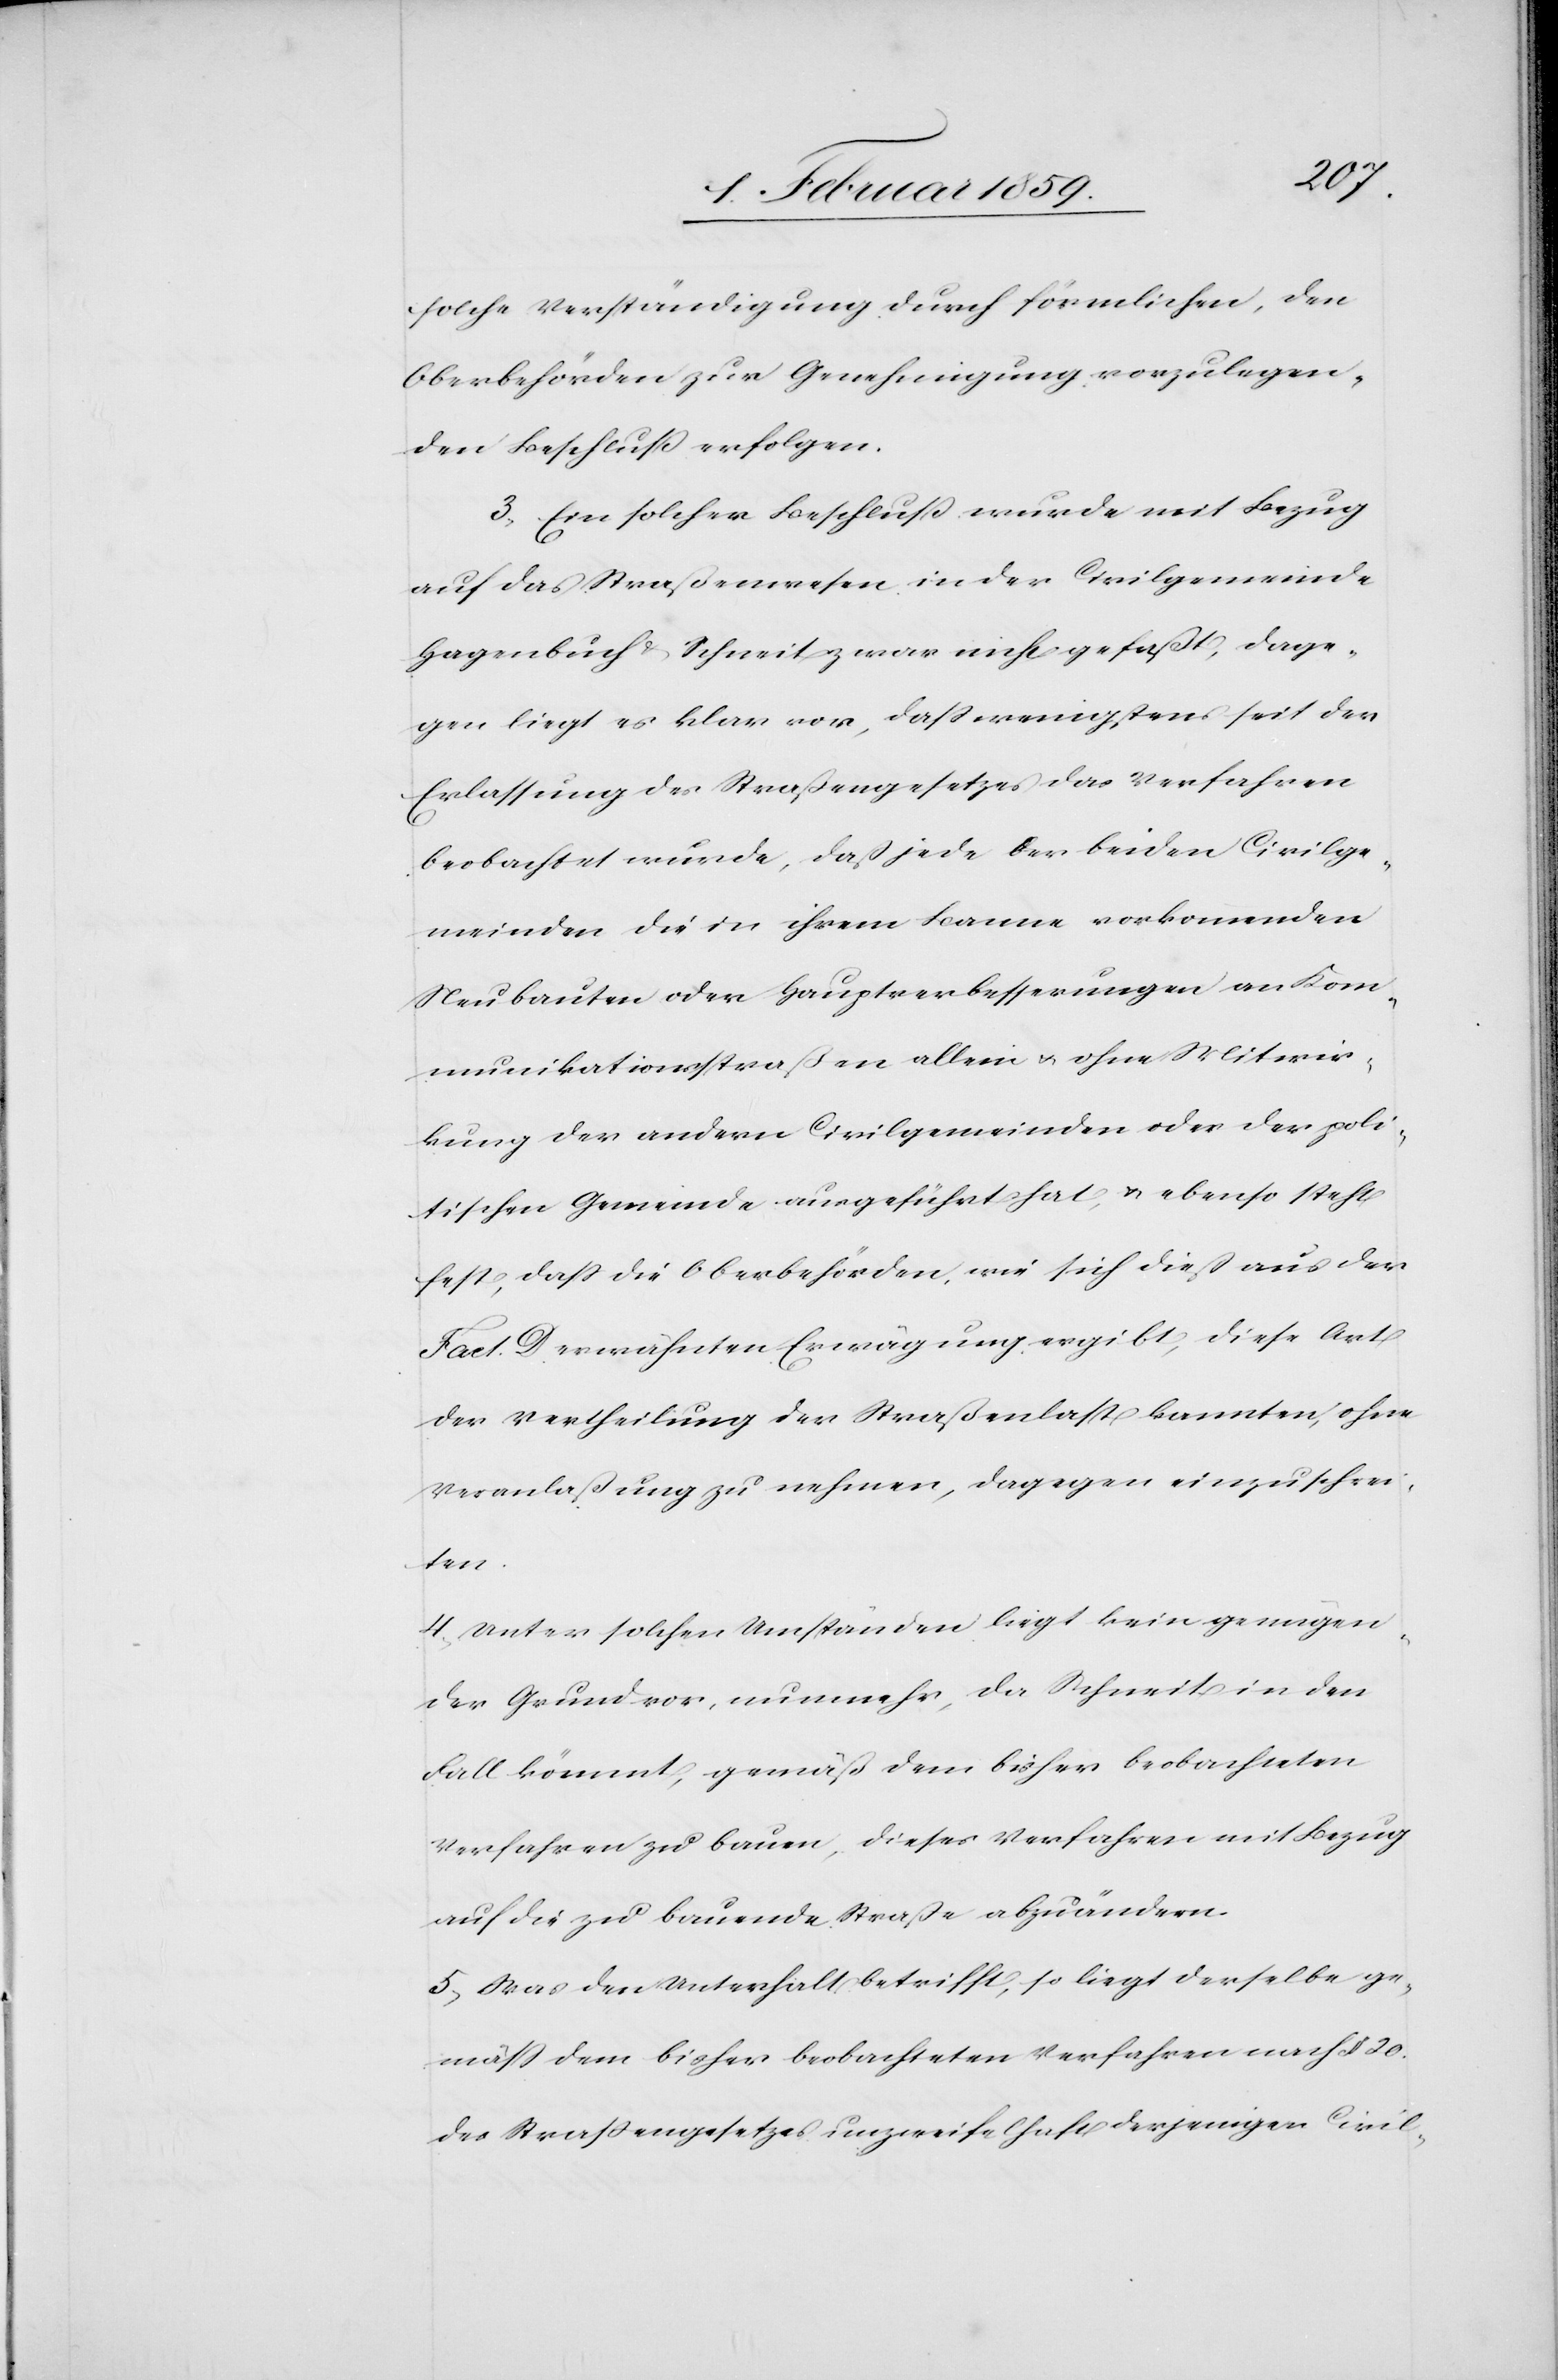
solche Verständigung durch förmlichen, den
Oberbehörden zur Genehmigung vorzulegen¬
den Beschluß erfolgen.
3, Ein solcher Beschluß wurde mit Bezug
auf das Straßenwesen in der Civilgemeinde
Hagenbuch & Schneit zwar nicht gefaßt, dage¬
gen liegt es klar vor, daß wenigstens seit der
Erlassung des Straßengesetzes das Verfahren
beobachtet wurde, daß jede der beiden Civilge¬
meinden die in ihrem Banne vorkommenden
Neubauten oder Hauptverbesserungen an Kom¬
munikationsstraßen allein u. ohne Mitwir¬
kung der andern Civilgemeinde oder der poli¬
tischen Gemeinde ausgeführt hat, u. ebenso steht
fest, daß die Oberbehörden, wie sich dieß aus der
Fact. D. erwähnten Erwägung ergibt, diese Art
der Vertheilung der Straßenlast kannten ohne
Veranlaßung zu nehmen, dagegen einzuschrei¬
ten.
4, Unter solchen Umständen liegt kein genügen¬
der Grund vor, nunmehr, da Schneit in den
Fall kömmt, gemäß dem bisher beobachteten
Verfahren zu bauen, dieses Verfahren mit Bezug
auf die zu bauende Straße abzuändern.
5, Was den Unterhalt betrifft, so liegt derselbe ge¬
mäß dem bisher beobachteten Verfahren nach § 20.
des Straßengesetzes unzweifelhaft derjenigen Civil-